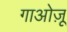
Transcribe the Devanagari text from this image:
गाओज़ू